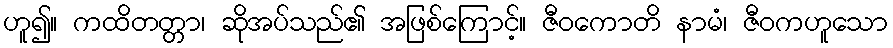
ဟူ၍။ ကထိတတ္တာ၊ ဆိုအပ်သည်၏ အဖြစ်ကြောင့်။ ဇီဝကောတိ နာမံ၊ ဇီဝကဟူသော